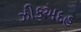
ઝીકઅદહ